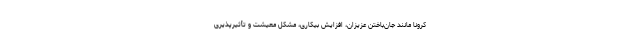
کرونا مانند جان‌باختن عزیزان، افزایش بیکاری، مشکل معیشت و تأثیرپذیری